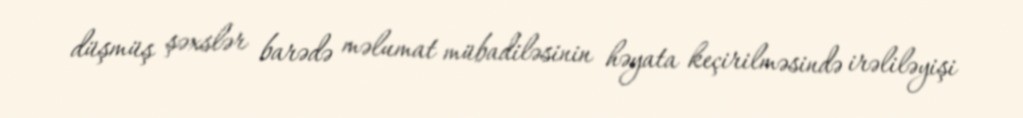
düşmüş şəxslər barədə məlumat mübadiləsinin həyata keçirilməsində irəliləyişi